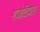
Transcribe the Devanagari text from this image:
गेजेटियर